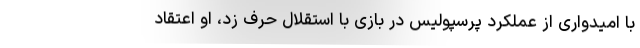
با امیدواری از عملکرد پرسپولیس در بازی با استقلال حرف زد، او اعتقاد